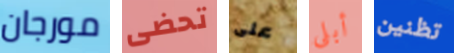
مورجان تحضى على أبلى تظنين